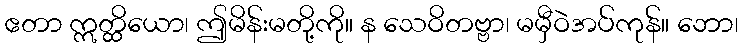
ဧတာ ဣတ္ထိယော၊ ဤမိန်းမတို့ကို။ န သေဝိတဗ္ဗာ၊ မမှီဝဲအပ်ကုန်။ ဘော၊